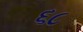
૬૮